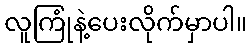
လူကြုံနဲ့ပေးလိုက်မှာပါ။